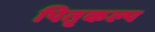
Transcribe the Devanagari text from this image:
पितृकल्प